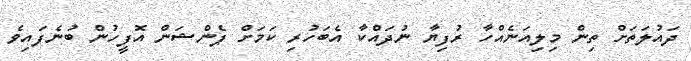
ދައުލަތަށް ތިން މިލިއަނެއްހާ ރުފިޔާ ނުދައްކާ އެބަހުރި ކަމަށް ޕެންޝަން އޮފީހުން ބުނެފައިވެ